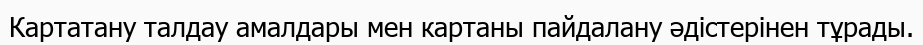
Картатану талдау амалдары мен картаны пайдалану әдістерінен тұрады.